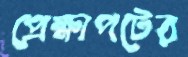
প্রেক্ষাপটের